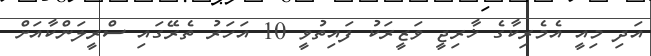
އަދި މިއީ އެމެރިކާގެ ޚާރިޖީ ވަޒީރަކު ފައިތުވީ 10 އަހަރު ތެރޭގައި ސްރީލަންކާއަށް